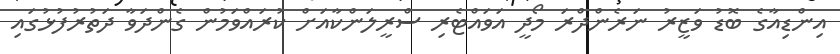
އިންޑިއާގެ ބޮޑު ވަޒީރު ނަރެންދްރަ މޯދީ އަވައްޓެރި ސްރީލަންކާއަށް ކުރައްވަމުން ގެންދަވާ ދަތުރުފުޅުގައި